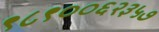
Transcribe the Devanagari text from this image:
९८९००६२३५७